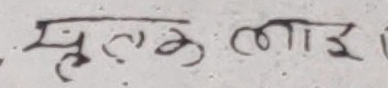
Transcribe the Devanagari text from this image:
मृतक लाइ